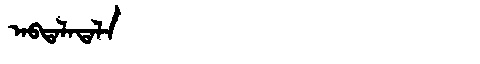
Manchu: ᠠᠪᡨᠠᠯᠠᡨᠠᠯᠠ
Romanization: ABTALATALA